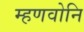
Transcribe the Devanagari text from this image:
म्हणवोनि